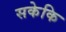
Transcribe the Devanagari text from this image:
सकेकि